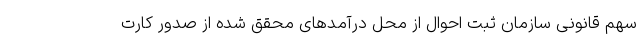
سهم قانونی سازمان ثبت احوال از محل درآمدهای محقق شده از صدور کارت